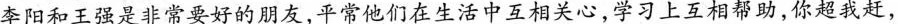
李阳和王强是非常要好的朋友，平常他们在生活中互相关心，学习上互相帮助，你超我赶，